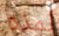
لمده